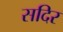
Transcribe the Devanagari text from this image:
सदिर